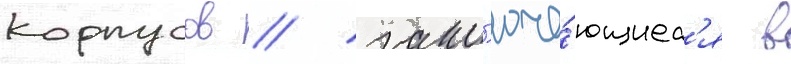
корпусов / закл'юча́ющиес'я в